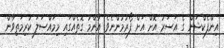
އިންފެކްޝަން ގެ އަސަރު އޮށް އަށް ފޯރުމުންނެވެ. އާންމު ގޮތެއްގައި މިމައްސަލަ ކުރިމަތިވާން